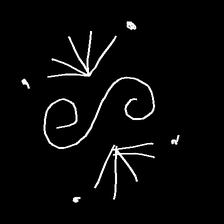
Glyph: aeroform